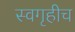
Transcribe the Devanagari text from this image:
स्वगृहीच